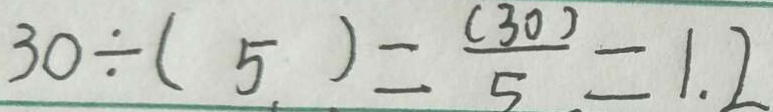
3 0 \div ( 5 ) = \frac { ( 3 0 ) } { 5 } = 1 . 2